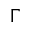
\Gamma